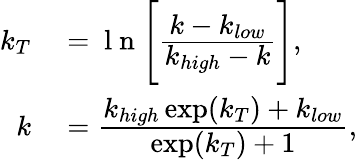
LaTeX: \begin{array}{rl}{k_{T}}&{{}=\mathrm{~l~n~}\Bigg[\cfrac{k-k_{low}}{k_{high}-k}\Bigg],}\\ {k}&{{}=\cfrac{k_{high}\exp(k_{T})+k_{low}}{\exp(k_{T})+1},}\end{array}